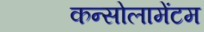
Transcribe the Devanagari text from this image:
कन्सोलामेंटम